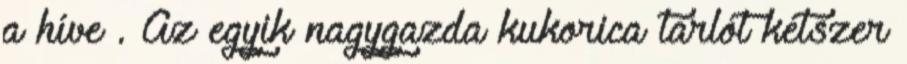
a híve . Az egyik nagygazda kukorica tarlót kétszer